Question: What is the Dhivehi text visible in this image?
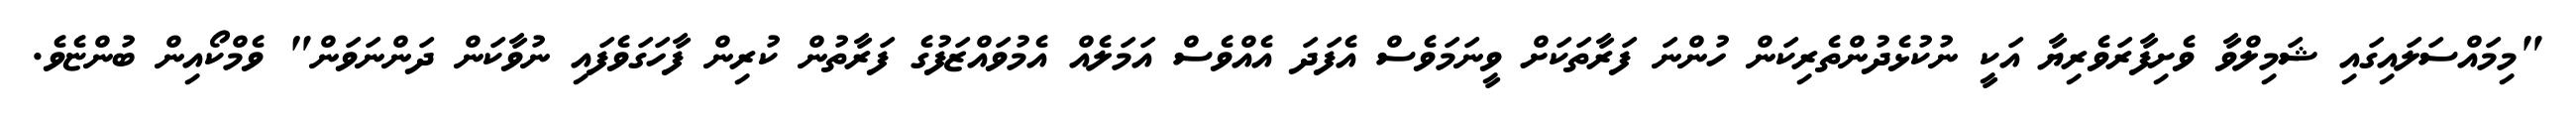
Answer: "މިމައްސަލައިގައި ޝަމިލްވާ ވެށިފާރަވެރިޔާ އަކީ ނުކުޅެދުންތެރިކަން ހުންނަ ފަރާތަކަށް ވީނަމަވެސް އެފަދަ އެއްވެސް އަމަލެއް އެމުވައްޒަފުގެ ފަރާތުން ކުރިން ފާހަގަވެފައި ނުވާކަން ދަންނަވަން" ވެމްކޯއިން ބުންޏެވެ.